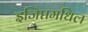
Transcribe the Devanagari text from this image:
इजिप्तमधिल